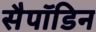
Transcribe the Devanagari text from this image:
सैपॉडिन